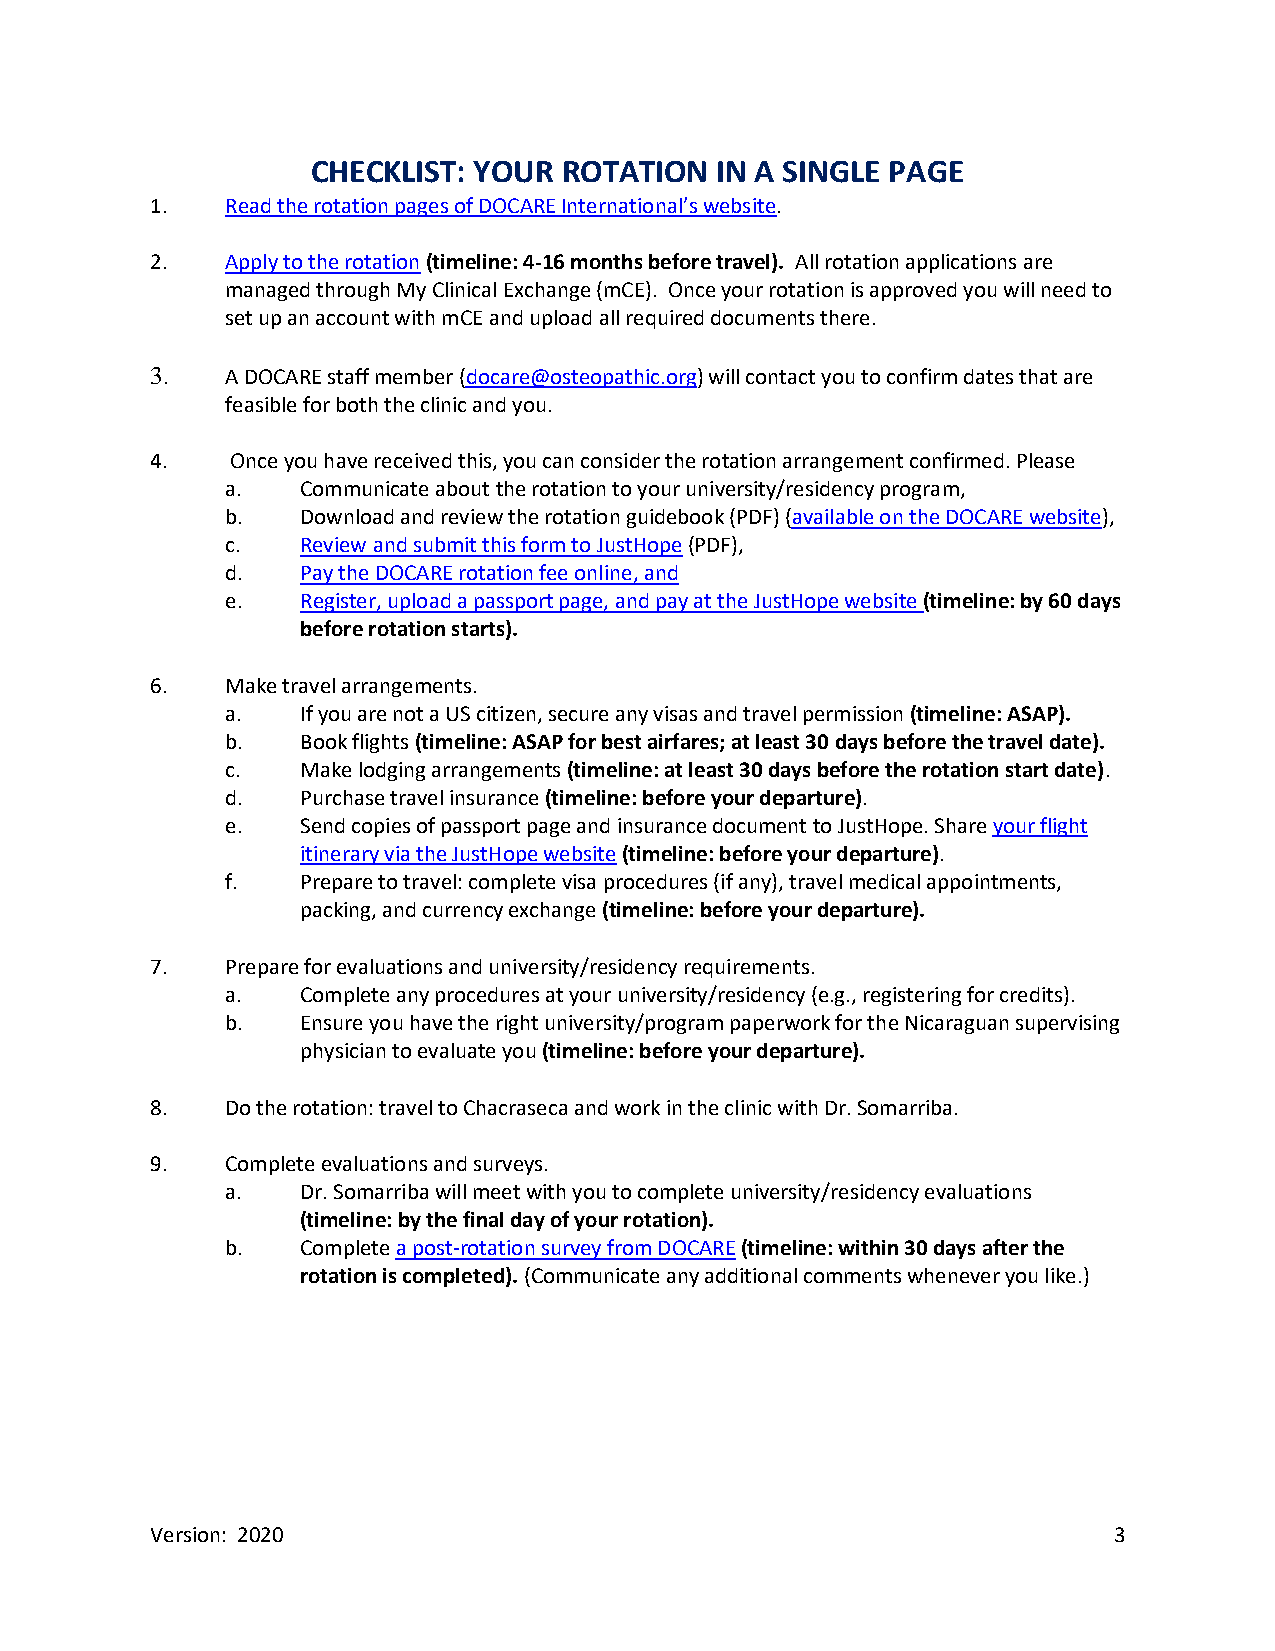
CHECKLIST: YOUR ROTATION  IN A SINGLE PAGE
 1.   Read the rotation pages of DOCARE International’s website.
 2.   Apply to the rotation (timeline: 4-16 months before travel). All rotation applications are
 managed through My Clinical Exchange (mCE). Once your rotation is approved you will need to
 set up an account with mCE and upload all required documents there.
 3.   A DOCARE staff member (docare@osteopathic.org) will contact you to confirm dates that are
 feasible for both the clinic and you.
 4.   Once you have received this, you can consider the rotation arrangement confirmed. Please
 a.   Communicate about the rotation to your university/residency program,
 b.   Download and review the rotation guidebook (PDF) (available on the DOCARE website),
 c.   Review and submit this form to JustHope (PDF),
 d.   Pay the DOCARE rotation fee online, and
 e.   Register, upload a passport page, and pay at the JustHope website (timeline: by 60 days
 before rotation starts).
 6.   Make travel arrangements.
 a.   If you are not a US citizen, secure any visas and travel permission (timeline: ASAP).
 b.   Book flights (timeline: ASAP for best airfares; at least 30 days before the travel date).
 c.   Make lodging arrangements (timeline: at least 30 days before the rotation start date).
 d.   Purchase travel insurance (timeline: before your departure).
 e.   Send copies of passport page and insurance document to JustHope. Share your flight
 itinerary via the JustHope website (timeline: before your departure).
 f.   Prepare to travel: complete visa procedures (if any), travel medical appointments,
 packing, and currency exchange (timeline: before your departure).
 7.   Prepare for evaluations and university/residency requirements.
 a.   Complete any procedures at your university/residency (e.g., registering for credits).
 b.   Ensure you have the right university/program paperwork for the Nicaraguan supervising
 physician to evaluate you (timeline: before your departure).
 8.   Do the rotation: travel to Chacraseca and work in the clinic with Dr. Somarriba.
 9.   Complete evaluations and surveys.
 a.   Dr. Somarriba will meet with you to complete university/residency evaluations
 (timeline: by the final day of your rotation).
 b.   Complete a post-rotation survey from DOCARE (timeline: within 30 days after the
 rotation is completed). (Communicate any additional comments whenever you like.)
 Version: 2020                                                   3